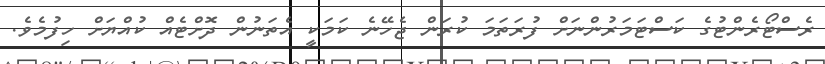
ރެސްޓޯރެންޓުގެ ކަސްޓަމަރުންނަށް ފުރަތަމަ ކުރަން ޖެހޭނެ ކަމަކީ އެތަނުން ދޮށްޓެއް ކުއްޔަށް ހިފުމެވެ.